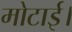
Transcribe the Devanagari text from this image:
मोटाई।